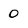
Character: 0